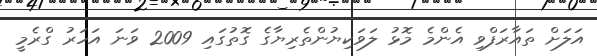
އަލަށް ތައާރަފްވި އެންމެ މޮޅު ލަވަކިޔުންތެރިޔާގެ ގޮތުގައި 2009 ވަަނަ އަހަރު ގްރެމީ